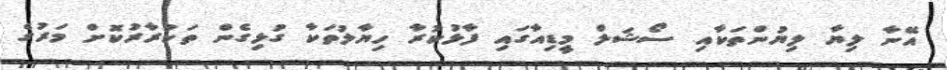
އޭނާ ލިޔާ ލިޔުންތަކާއި ސޯޝަލް މީޑިއާގައި ފާޅުކުރާ ހިޔާލުތަކާ ގުޅިގެން ތަކުރާރުކޮށް މަރުގެ